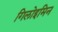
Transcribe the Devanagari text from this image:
गिलोइमिन